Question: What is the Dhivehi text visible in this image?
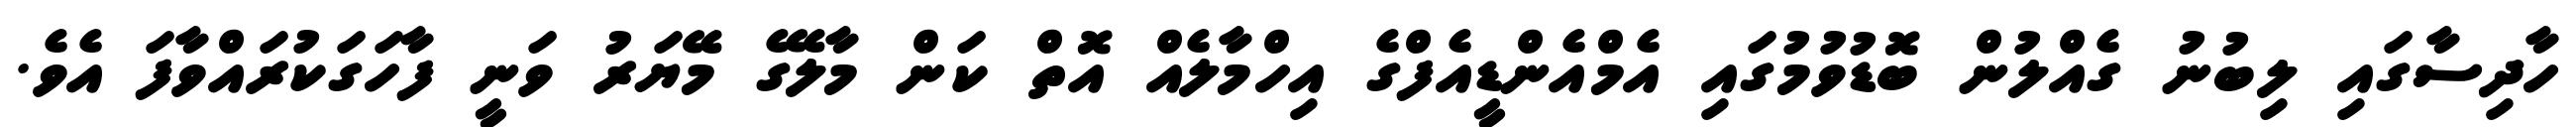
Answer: ހާދިސާގައި ލިބުނު ގެއްލުން ބޮޑުވުމުގައި އެމްއެންޑީއެފްގެ އިހްމާލެއް އޮތް ކަން މާލޭގެ މޭޔަރު ވަނީ ފާހަގަކުރައްވާފަ އެވެ.